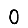
Digit: 0